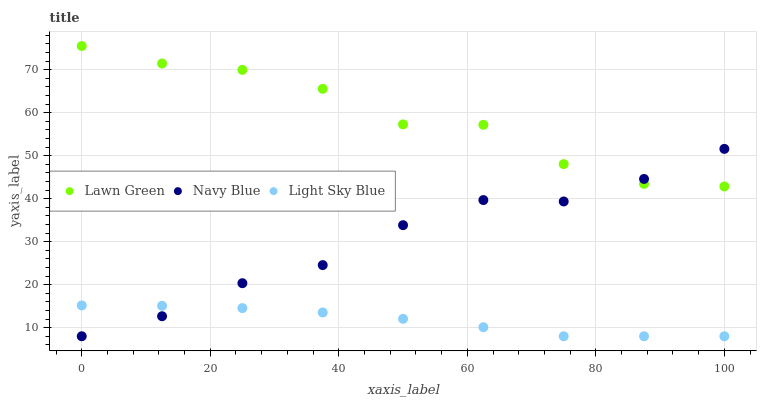
| xaxis_label | Lawn Green | Navy Blue | Light Sky Blue |
 | --- | --- | --- | --- |
 | 0 | 75.5 | 8 | 15.2 |
 | 12.5 | 71.4 | 12.7 | 15.1 |
 | 25 | 69.9 | 20.3 | 14.5 |
 | 37.5 | 65.5 | 24.5 | 13.5 |
 | 50 | 57.3 | 33.8 | 12.1 |
 | 62.5 | 57.2 | 39.7 | 10.1 |
 | 75 | 48 | 39.3 | 8 |
 | 87.5 | 43.4 | 44.6 | 8 |
 | 100 | 42.8 | 51.6 | 8 |